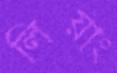
লিয়াং